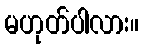
မဟုတ်ပါလား။